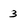
Character: 3